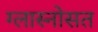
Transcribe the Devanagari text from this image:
ग्लास्नोसत